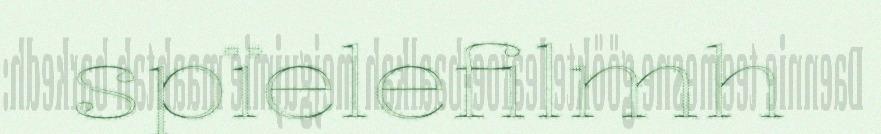
spïelefilmh